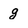
Character: g